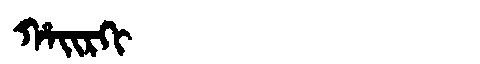
Manchu: ᡥᠠᡳᡵᡴᡳ
Romanization: HAIRKI